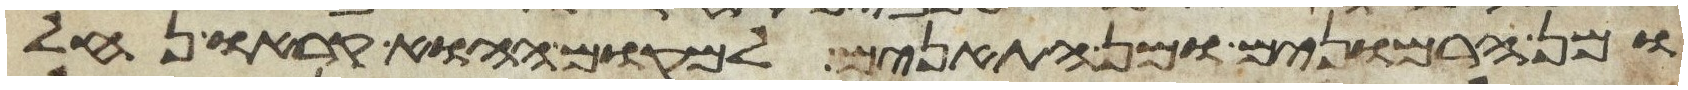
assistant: ומן הרמונים ומן התאנים למקום ההוא קראו נחל